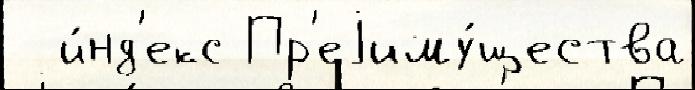
  и́нд'екс Пр'еjиму́щества